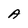
Character: A